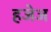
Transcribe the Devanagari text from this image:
हजेज